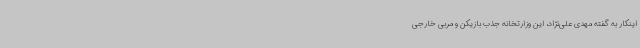
اینکار به گفته مهدی علی‌نژاد، این وزارتخانه جذب بازیکن و مربی خارجی